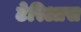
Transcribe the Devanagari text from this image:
टेरिआस